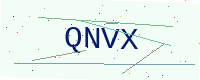
Text: QNVX